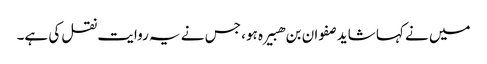
میں نے کہا شاید صفوان بن ھبیرہ ہو، جس نے یہ روایت نقل کی ہے۔